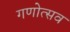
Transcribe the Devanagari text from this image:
गणोत्सव